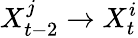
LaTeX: X_{t-2}^{j}\rightarrow X_{t}^{i}